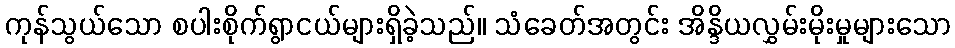
ကုန်သွယ်သော စပါးစိုက်ရွာငယ်များရှိခဲ့သည်။ သံခေတ်အတွင်း အိန္ဒိယလွှမ်းမိုးမှုများသော